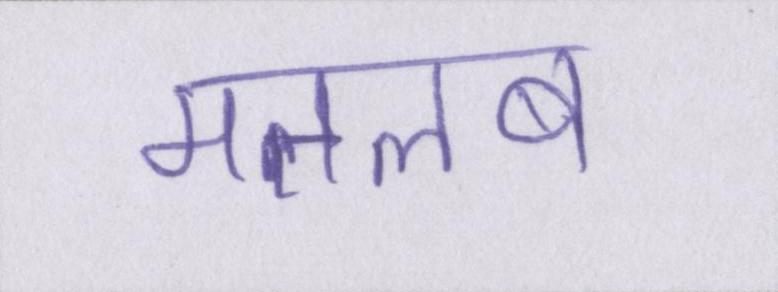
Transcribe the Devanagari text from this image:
मतलब